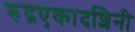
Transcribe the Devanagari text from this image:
रुद्रएकादशिनी